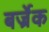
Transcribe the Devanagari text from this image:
बर्ज्रेक